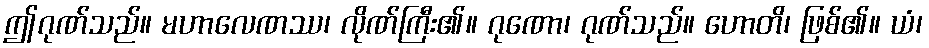
ဤဂုဏ်သည်။ မဟာလေဏဿ၊ လိုဏ်ကြီး၏။ ဂုဏော၊ ဂုဏ်သည်။ ဟောတိ၊ ဖြစ်၏။ ယံ၊